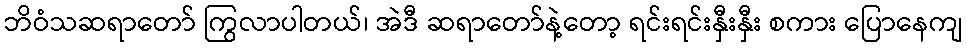
ဘိဝံသဆရာတော် ကြွလာပါတယ်၊ အဲဒီ ဆရာတော်နဲ့တော့ ရင်းရင်းနှီးနှီး စကား ပြောနေကျ